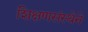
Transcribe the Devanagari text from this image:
शिक्षणसंस्थेने